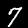
Label: 7